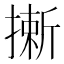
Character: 𢳮